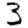
Digit: 3